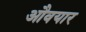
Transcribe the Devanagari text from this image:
औवयार